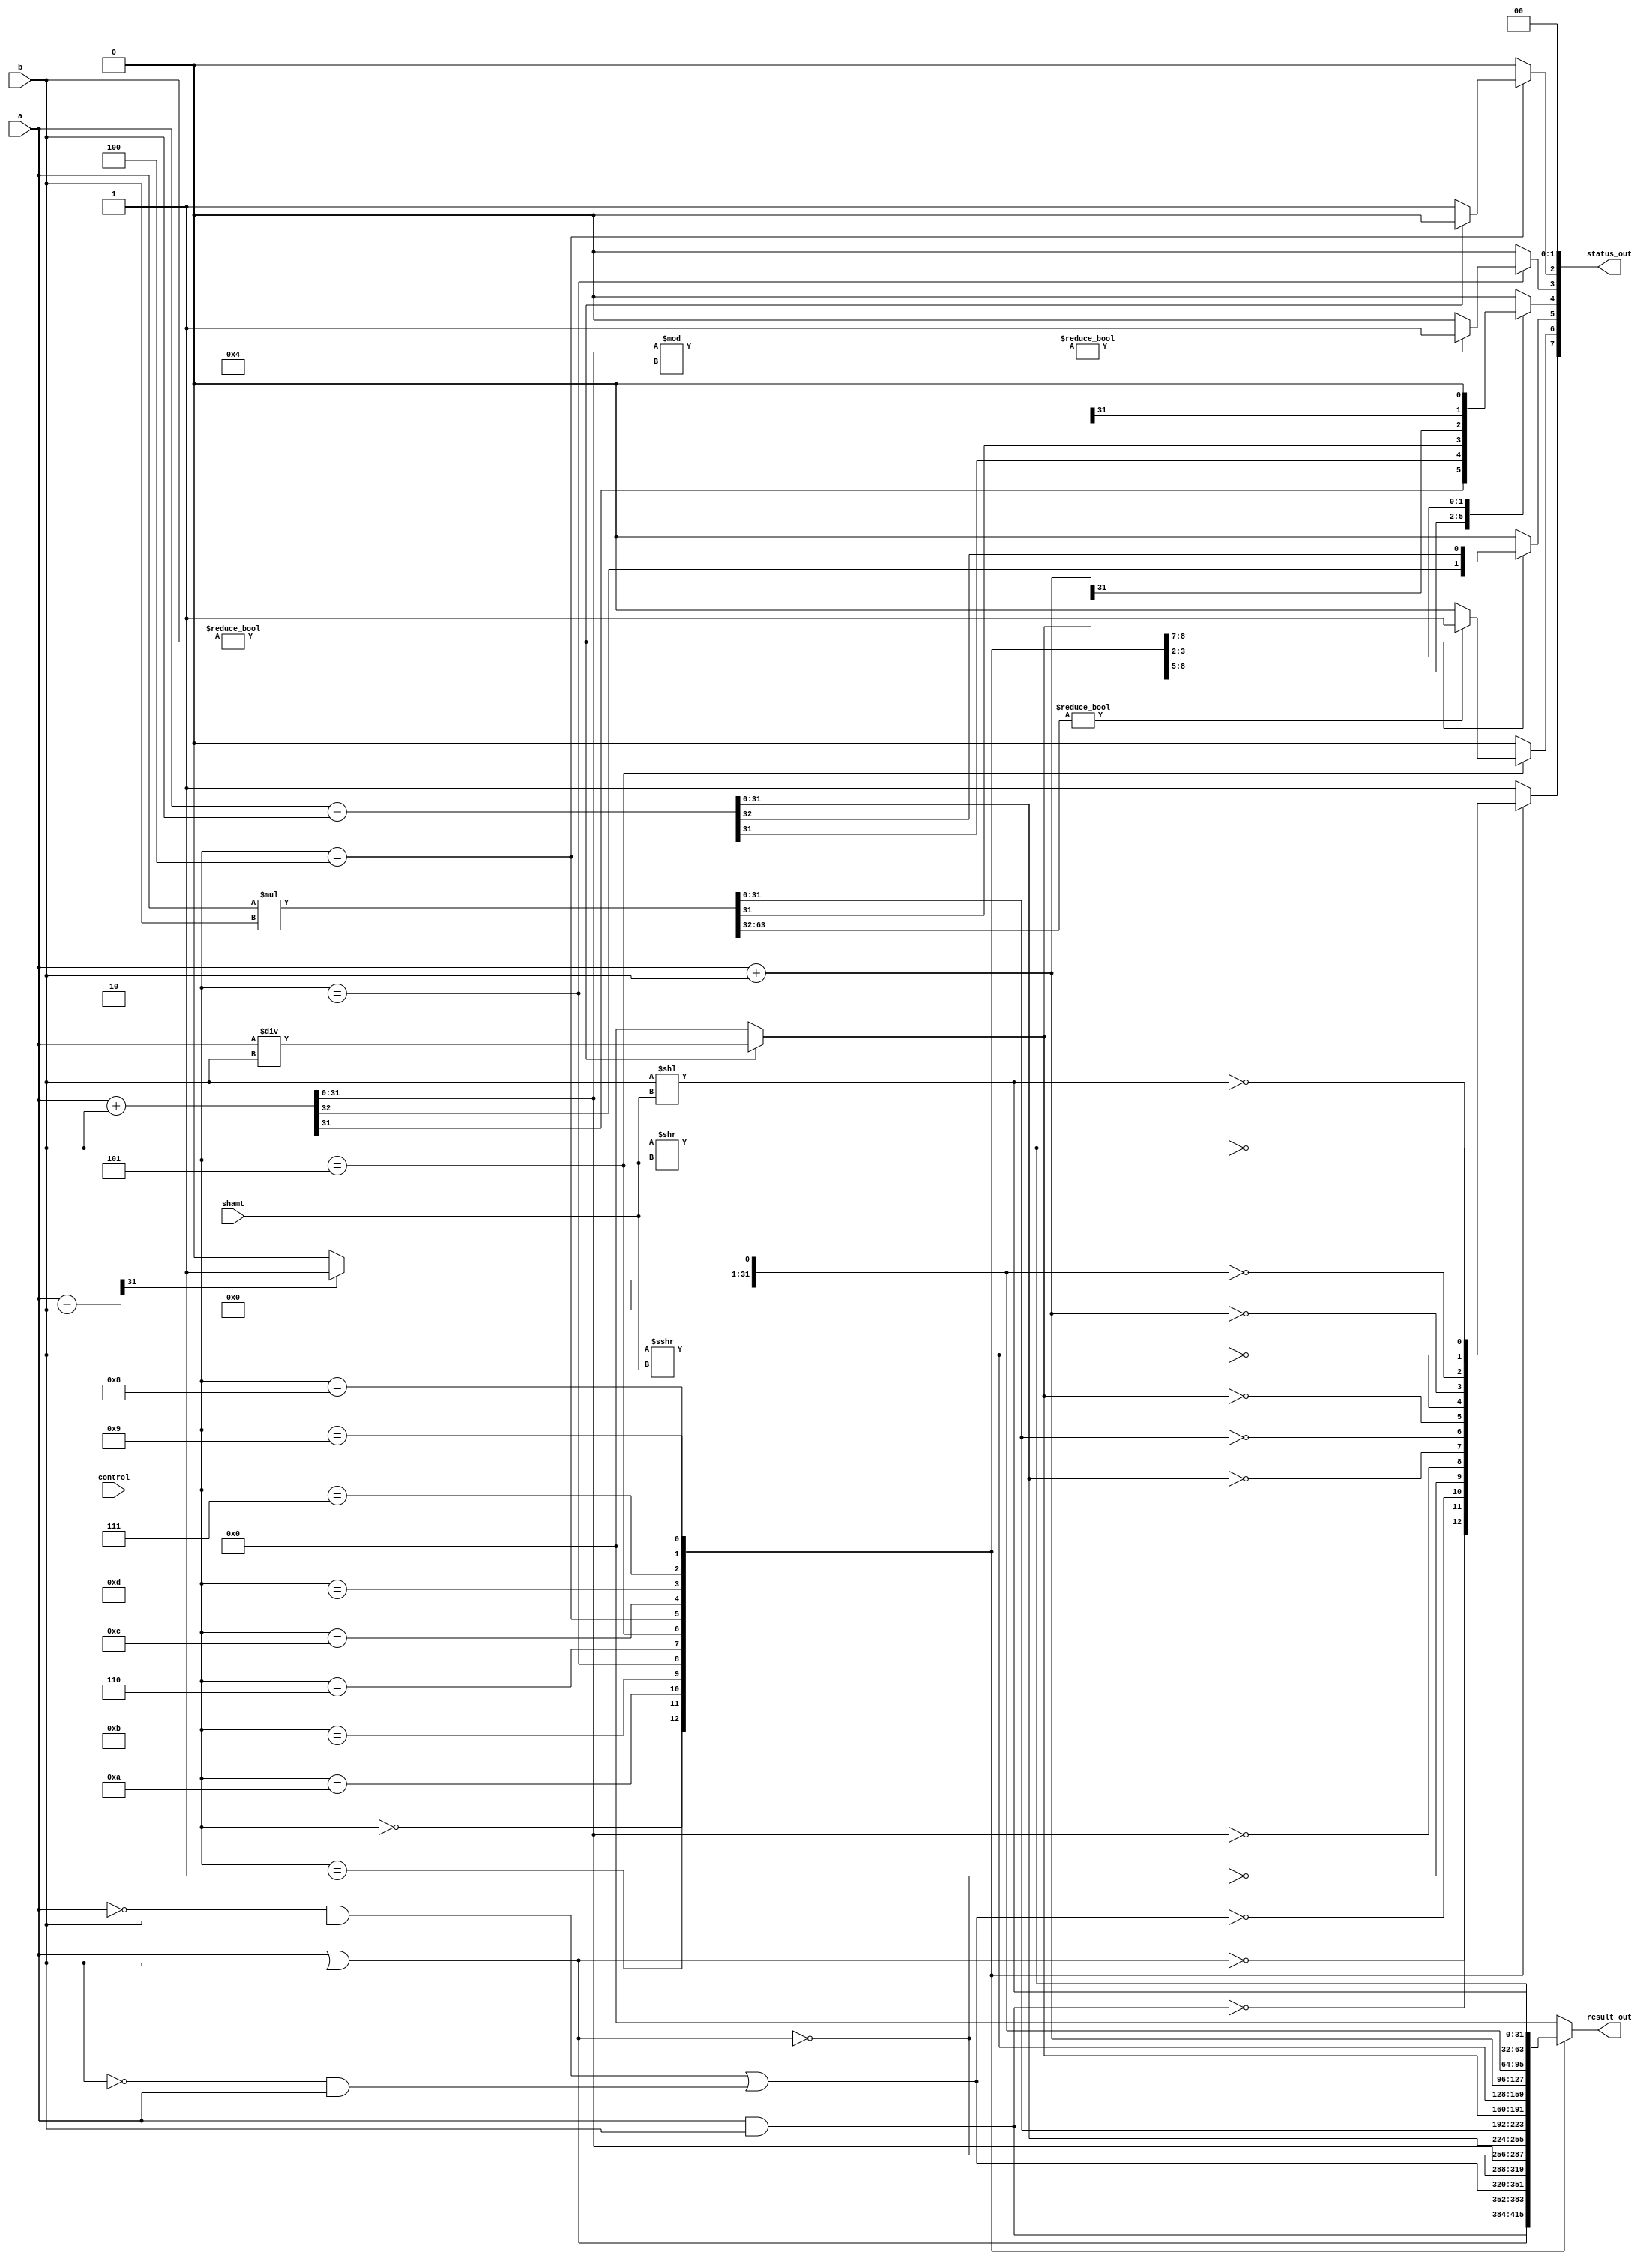
`timescale 1ns / 1ps
//////////////////////////////////////////////////////////////////////////////////
// Company: 
// Engineer: 
// 
// Design Name: 
// Module Name: ALU
// Project Name: 
// Target Devices: 
// Tool Versions: 
// Description: 
// 
// Dependencies: 
// 
// Revision:
// Revision 0.01 - File Created
// Additional Comments:
// 
//////////////////////////////////////////////////////////////////////////////////


module ALU(
    input           [3:0] control,
    input signed    [31:0] a,
    input signed    [31:0] b,
    input           [4:0] shamt,

    output signed   [31:0] result_out,
    output          [7:0] status_out
);
    reg [63:0] mul_ALU;
    reg [7:0] status;
    reg signed [31:0] result;
    assign status_out = status;
    assign result_out = result;
    always @(*)
    begin
        case (control)
        0: begin
            result = a&b;//and
            status[7] = (result == 0);
            status[6] = 1'b0;
            status[4] = 1'b0;
            status[5] = 1'b0;
            status[3] = 1'b0;
            status[2] = 1'b0;
            mul_ALU = 0;
            end
        1: begin
            result = a|b;//or
            status[7] = (result == 0);
            status[6] = 1'b0;
            status[4] = 1'b0;
            status[5] = 1'b0;
            status[3] = 1'b0;
            status[2] = 1'b0;
            mul_ALU = 0;
            end
        10:begin
            result = (~a&b)|(~b&a);//xor
            status[7] = (result == 0);
            status[6] = 1'b0;
            status[4] = 1'b0;
            status[5] = 1'b0;
            status[3] = 1'b0;
            status[2] = 1'b0;
            mul_ALU = 0;
            end
        11:begin
            result = ~(a|b);//nor
            status[7] = (result == 0);
            status[6] = 1'b0;
            status[4] = 1'b0;
            status[5] = 1'b0;
            status[3] = 1'b0;
            status[2] = 1'b0;
            mul_ALU = 0;
            end
        2: begin
            {status[5],result} = a+b;
            status[7] = (result == 0);
            status[6] = 1'b0;
            status[4] = result[31];
                            
            status[3] = (result%4) ? 1'b1 : 1'b0; //khng align word
            status[2] = 1'b0;
            mul_ALU = 0;
            end
        6: begin
            {status[5],result} = a-b;
            status[7] = (result == 0);
            status[6] = 1'b0;
            status[4] = result[31];
                                
            status[3] = 1'b0;
            status[2] = 1'b0;
            mul_ALU = 0;
            end
        5: begin
            mul_ALU = a*b;
            result = mul_ALU[31:0];
            status[7] = (result == 0);
            // status[6] = (mul_ALU[63:32] || status[5])? 1'b1 : 1'b0; status [5] l ci g? lc ny  tnh xong cha?
            status[6] = (mul_ALU[63:32])? 1'b1 : 1'b0;
            status[4] = result[31];
            status[5] = 1'b0;
            status[3] = 1'b0;
            status[2] = 1'b0;
            end
        4: begin
            result = (b) ? a/b : 0;
            status[7] = (result == 0);
            status[6] = 1'b0;
            status[4] = result[31];
            status[5] = 1'b0;
            status[3] = 1'b0;
            status[2] = (b) ? 1'b0 : 1'b1;
            mul_ALU = 0;
            end
        12:begin    //sra
            result = b>>>shamt;
            status[7] = (result == 0);
            status[6] = 1'b0;
            status[4] = 1'b0;
            status[5] = 1'b0;
            status[3] = 1'b0;
            status[2] = 1'b0;
            mul_ALU = 0;
            end
        13:begin
            result = a+b;
            status[7] = (result == 0);
            status[6] = 1'b0;
            status[4] = result[31];
            status[5] = 1'b0;
            status[3] = 1'b0; //khng align word
            status[2] = 1'b0;
            mul_ALU = 0;
            end
        7: begin
            result = a-b;
            result = (result[31]) ? 1 : 0;
            status[7] = (result == 0);
            status[6] = 1'b0;
            status[4] = result[31];
            status[5] = 1'b0;
            status[3] = 1'b0;
            status[2] = 1'b0;
            mul_ALU = 0;
            end
        8: begin    //sll
            result = b<<shamt;
            status[7] = (result == 0);
            status[6] = 1'b0;
            status[4] = 1'b0;
            status[5] = 1'b0;
            status[3] = 1'b0;
            status[2] = 1'b0;
            mul_ALU = 0;
            end
        9: begin    //srl
            result = b>>shamt;
            status[7] = (result == 0);
            status[6] = 1'b0;
            status[4] = 1'b0;
            status[5] = 1'b0;
            status[3] = 1'b0;
            status[2] = 1'b0;
            mul_ALU = 0;
            end
        default: 
        begin
            result = 0;
            status[7] = (result == 0);
            status[6] = 1'b0;
            status[4] = 1'b0;
            status[5] = 1'b0;
            status[3] = 1'b0;
            status[2] = 1'b0;
            mul_ALU = 0;
        end
        endcase
        status[1] = 1'b0;
        status[0] = 1'b0;
    end
endmodule